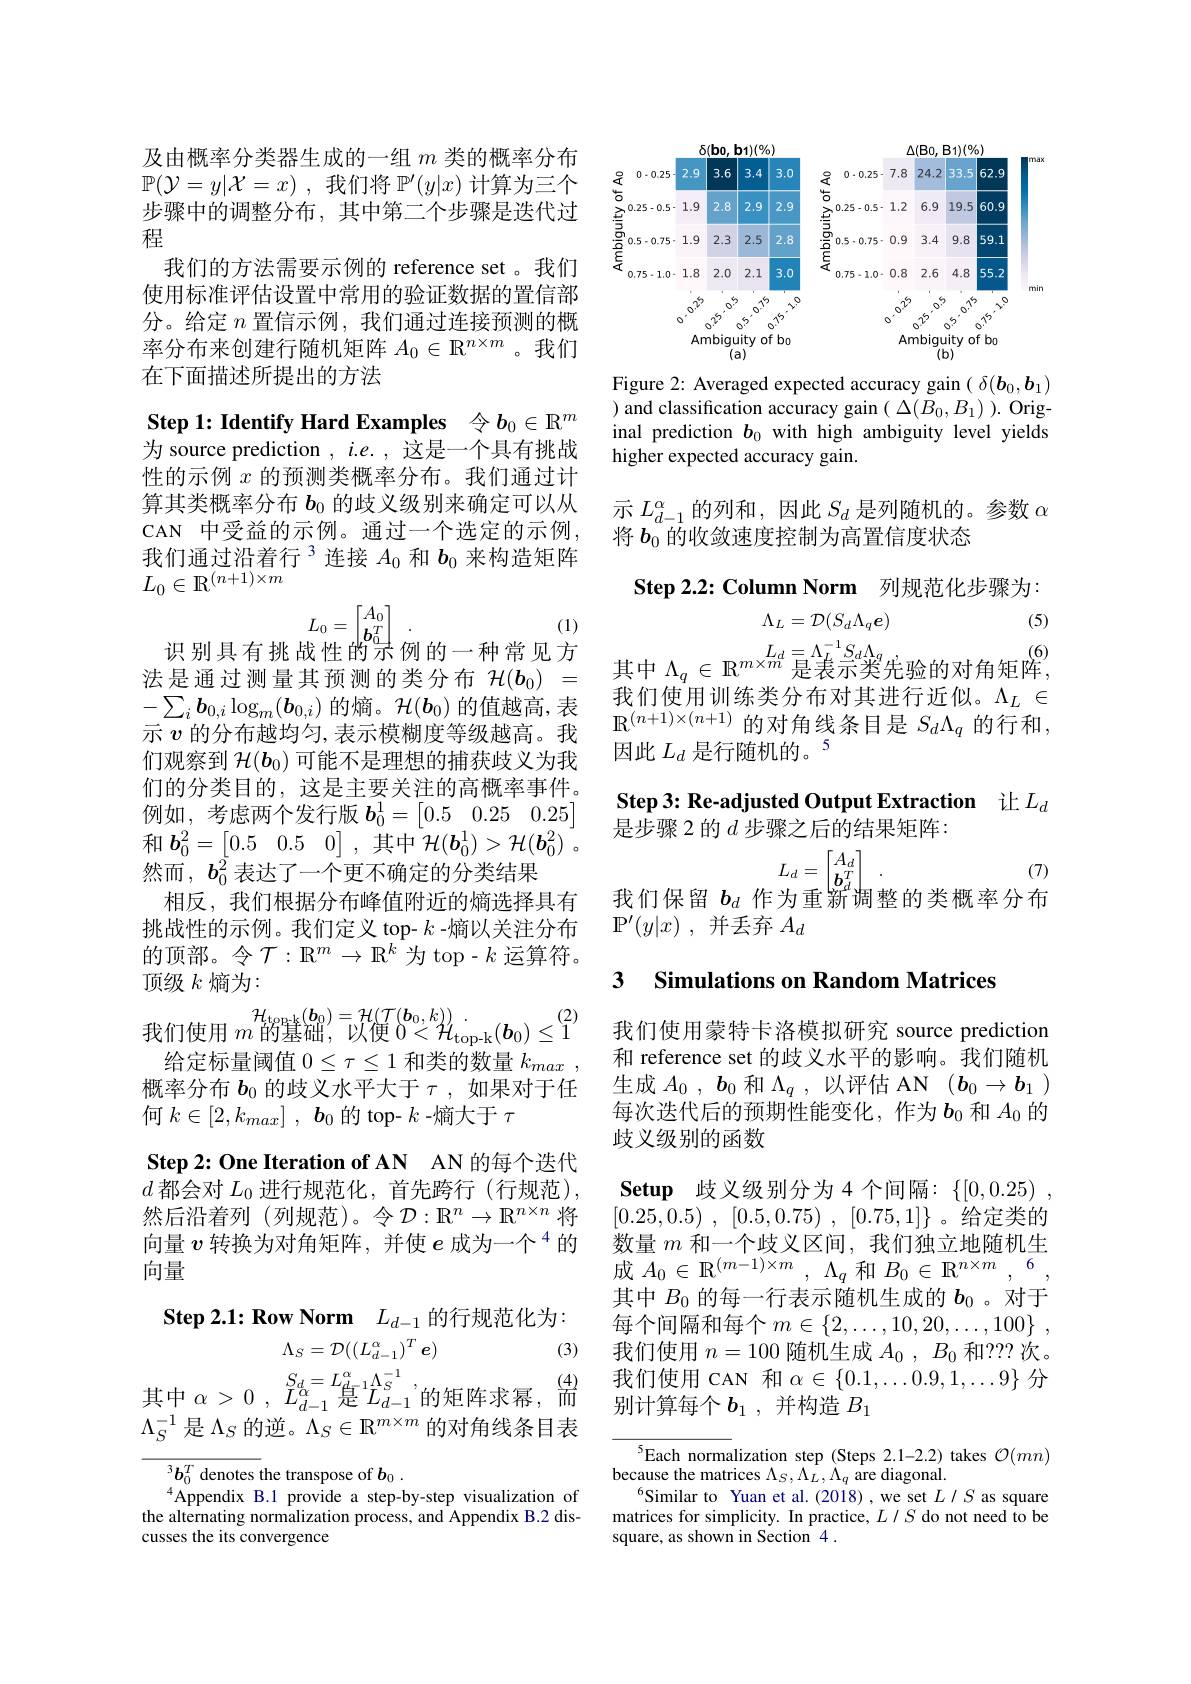
及由概率分类器生成的一组$m$类的概率分布$\mathbb{P} ( \mathcal{Y} = y| \mathcal{X} = x)$ ,我们将$\mathbb{P}^\prime(y|x)$计算为三个步骤中的调整分布，其中第二个步骤是迭代过程
我们的方法需要示例的 reference set 。我们使用标准评估设置中常用的验证数据的置信部分。给定$n$置信示例，我们通过连接预测的概率分布来创建行随机矩阵$A_0\in\mathbb{R}^{n\times m}$。我们在下面描述所提出的方法

Step 1: Identify Hard Examples 令$b_0\in\mathbb{R}^m$

为 source prediction $,i.e.$,这是一个具有挑战性的示例$x$的预测类概率分布。我们通过计算其类概率分布$b_{0}$的歧义级别来确定可以从CAN 中受益的示例。通过一个选定的示例， 我们通过沿着行$^{3}$连接 $A_0$ 和 $b_0$ 来构造矩阵$L_{0}\in\mathbb{R}^{(n+1)\times m}$
$$L_0=\begin{bmatrix}A_0\\b_0^T\end{bmatrix}$$
识别具有挑战性的宗例的一种常见方

(1)

法是通过测量其预测的类分布$\mathcal{H}(\boldsymbol{b}_0)=$ $-\sum_{i}\boldsymbol{b}_{0,i}\log_m(\boldsymbol{b}_{0,i})$的熵。$\mathcal{H}(\boldsymbol{b}_0)$的值越高，表们观察到$\mathcal{H}(\boldsymbol{b}_0)$可能不是理想的捕获歧义为我们的分类目的，这是主要关注的高概率事件。例如，考虑两个发行版$\boldsymbol b_0^1=\begin{bmatrix}0.5&0.25&0.25\end{bmatrix}$ 和$\boldsymbol{b}_0^2= \begin{bmatrix} 0. 5& 0. 5& 0\end{bmatrix}$ ,其中$\mathcal{H} ( \boldsymbol{b}_0^1) > \mathcal{H} ( \boldsymbol{b}_0^2)$ . 然而$,\boldsymbol{b}_0^2$表达了一个更不确定的分类结果
相反，我们根据分布峰值附近的熵选择具有挑战性的示例。我们定义 top- $k$ -熵以关注分布的顶部。令$\mathcal{T}:\mathbb{R}^m\to\mathbb{R}^k$为 top-$k$ 运算符。顶级$k$熵为：
$\mathcal{H} _{\text{torak}}( \boldsymbol{b}_{0}) = \mathcal{H} ( \mathcal{T} ( \boldsymbol{b}_{0}, k) ) .$ 给定标量阈值$0\leq\tau\leq1$和类的数量$k_max$
概率分布$b_0$的歧义水平大于$\tau$ ,如果对于任
何$k\in [ 2, k_{max}]$ , $\boldsymbol{b}_{0}$的 top- $k$ -熵大于$\tau$
Step 2: One Iteration of AN AN 的每个迭代$d$都会对$L_0$进行规范化，首先跨行(行规范), 然后沿着列(列规范)。令$\mathcal{D}:\mathbb{R}^n\to\mathbb{R}^n\times n$ 将向量$v$转换为对角矩阵，并使$e\text{ 成为一个}^{4}$的向量
Step 2.1: Row Norm $L_{d-1}$的行规范化为：

(3)
其中$\alpha > 0$ , $L_{d- 1}^{\alpha }$是$L_d-1^{\Lambda_{S}^{-1}}$,的矩阵求幂，而

$\Lambda_S=\mathcal{D}((L_{d-1}^\alpha)^T\boldsymbol{e})$

$\Lambda_{S}^{-1}$是$\Lambda_S$的逆。$\Lambda_S\in\mathbb{R}^m\times m$的对角线条目表

$^3\boldsymbol{b}_0^T$ denotes the transpose of $\boldsymbol b_0.$
$^{4}$Appendix B.1 provide a step-by-step visualization of the alternating normalization process, and Appendix B.2 discusses the its convergence

<FigureHere>

Figure 2: Averaged expected accuracy gain $(\delta(\boldsymbol b_0,\boldsymbol b_1)$ ) and classification accuracy gain $(\Delta(B_{0},B_{1})).$ Original prediction $b_0$ with high ambiguity level yields higher expected accuracy gain.

示$L_d-1^\alpha$的列和 ,因此$S_d$是列随机的。参数$\alpha$
将$b_0\tilde{\text{的收敛速度控制为高置信度状态}}$

$\textbf{Step 2. 2: Column Norm}$ 列规范化步骤为：

(5)
$$\Lambda_L=\mathcal{D}(S_d\Lambda_q\boldsymbol{e})$$
其中$\Lambda_q\in\mathbb{R}^{m\times m}\overset{L_d=\Lambda_L^{-1}S_d\Lambda_g}{\operatorname*{\text{是表示类先验的对角矩阵}}}_{,}^{(6)}$

我们使用训练类分布对其进行近似。$\Lambda_L\in$
$\sum _{i}^{n, 0, i}\log _{m}( \mathbf{0} _{0, i})$ 的 冲 。$r( \mathbf{0} _{0})$ 时 且 圆 间 , 农 $\mathbb{R} ^{( n+ 1) \times ( n+ 1) }$ 的 对 角 线 条 目 是 $S_{d}\Lambda _{q}$ 的 行 和 示 $v$ 的 分 布 越 均 匀 , 表 示 模 糊 度 等 级 越 高 。我 $\mathbb{R} ^{( n+ 1) \times ( n+ 1) }$ 的 对 角 线 条 目 是 $S_{d}\Lambda _{q}$ 的 行 和 们 观 察 到 $\mathcal{H} ( \boldsymbol{b}_{0})$ 可 能 不 是 理 想 的 捕 获 歧 义 为 我 因 此 $L_{d}$ 是 行 随 机 的 。

Step 3: Re-adjusted Output Extraction 让$L_d$

是步骤 2 的$d$步骤之后的结果矩阵：

$L_{d}=\begin{bmatrix}A_{d}\\\boldsymbol{b}_{d}^{T}\end{bmatrix}_{m}$
我们保留$b_d$作为重新调整的类概率分布

(7)

$\mathbb{P} ^{\prime }( y| x)$ ,并丢弃$A_d$

### 3 Simulations on Random Matrices

我们使用蒙特卡洛模拟研究 source prediction 和 reference set 的歧义水平的影响。我们随机生成$A_0$ , $b_0$和$\Lambda _q$ ,以评估 AN $( b_0\to b_1$ ) 每次迭代后的预期性能变化，作为$\boldsymbol b_0$和$A_0$的歧义级别的函数

Setup 歧义级别分为4个间隔：$\{[0,0.25)~$, [0.25,0.5) , [0.5,0.75) , $[ 0. 75, 1] \}$ 。给定类的数量$m$和一个歧义区间，我们独立地随机生成$A_0\in \mathbb{R} ^{( m- 1) \times m}$, $\Lambda _{q}$和$B_0\in\mathbb{R}^{n\times m},\:^6$, 其中$B_0$的每一行表示随机生成的$b_0$ 。对于每个间隔和每个$m\in \{ 2, \ldots , 10, 20, \ldots , 100\}$ , 我们使用$n=100$随机生成$A_0,B_0$和？?? 次。我们使用 CAN 和$\alpha\in\{0.1,\ldots0.9,1,\ldots9\}$分别计算每个$\boldsymbol b_1$,并构造 $B_1$

${^5\text{Each norma}}$lization step (Steps 2.1-2.2) takes $\mathcal{O}(mn)$
because the matrices $\Lambda_S,\Lambda_L,\Lambda_q$ are diagonal
$^{6}$Similar to Yuan et al.(2018), we set $L/S$ as square matrices for simplicity. In practice, $L/S$ do not need to be square, as shown in Section 4 .